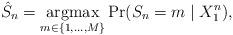
LaTeX: \begin{align*}\hat{S}_n = \underset{m\in\{1,\ldots, M\}}{\operatorname{argmax}}\Pr(S_n = m \mid X_{1}^{n}),\end{align*}